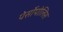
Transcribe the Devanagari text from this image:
पेर्सोपोलिस